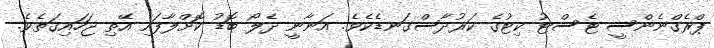
ޕްރެގްނެންސީ ޓެސްޓު ކިޓުގެ ކަރުދާސްގަނޑެކެވެ. އަނާނީ ދެލޯ ބޮޑު ކޮށްލާފައި އޭތި ޖަހައިގަތެވެ.